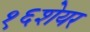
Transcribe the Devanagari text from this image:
१६शेयर